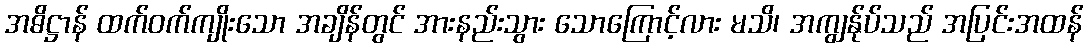
အဓိဋ္ဌာန် ထက်ဝက်ကျိုးသော အချိန်တွင် အားနည်းသွား သောကြောင့်လား မသိ၊ အကျွန်ုပ်သည် အပြင်းအထန်